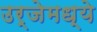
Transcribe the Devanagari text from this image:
उर्जेमध्ये